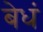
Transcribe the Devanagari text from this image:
बेधं